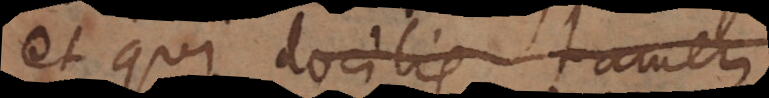
t qui docilis, tamen